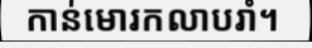
កាន់មោរកលាបរាំ។